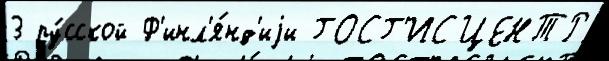
3 ру́сской Ф'инл'я́нд'иjи ГОСГ'ИСЦЕНТР